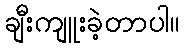
ချီးကျူးခဲ့တာပါ။